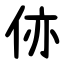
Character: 㑊